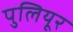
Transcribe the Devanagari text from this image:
पुलियूर